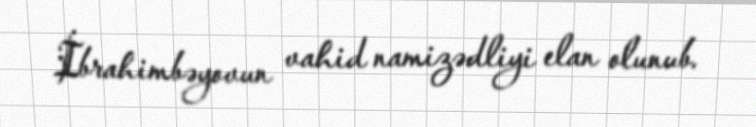
İbrahimbəyovun vahid namizədliyi elan olunub.